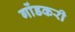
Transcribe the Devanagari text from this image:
गोंडकरी